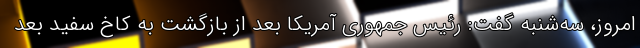
امروز، سه‌شنبه گفت: رئیس جمهوری آمریکا بعد از بازگشت به کاخ سفید بعد